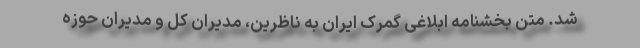
شد. متن بخشنامه ابلاغی گمرک ایران به ناظرین، مدیران کل و مدیران حوزه